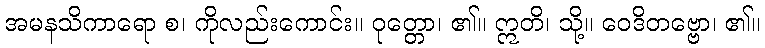
အမနသိကာရော စ၊ ကိုလည်းကောင်း။ ဝုတ္တော၊ ၏။ ဣတိ၊ သို့။ ဝေဒိတဗ္ဗော၊ ၏။